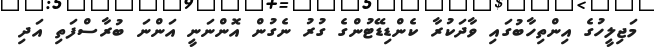
މަޖިލީހުގެ އިންތިހާބުގައި ވާދަކުރާ ކެންޑިޑޭޓުންގެ ގުރު ނެގުން އޮންނަނީ އަންނަ ބުރާސްފަތި އަދި